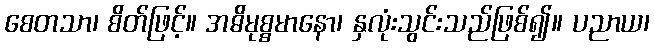
စေတသာ၊ စိတ်ဖြင့်။ အဓိမုစ္စမာနော၊ နှလုံးသွင်းသည်ဖြစ်၍။ ပညာယ၊